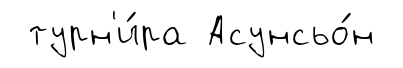
турн'и́ра Асунсьо́н